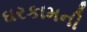
ઘરકામની